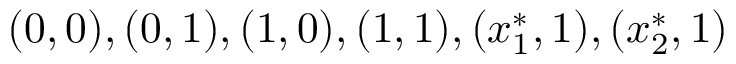
( 0 , 0 ) , ( 0 , 1 ) , ( 1 , 0 ) , ( 1 , 1 ) , ( x _ { 1 } ^ { * } , 1 ) , ( x _ { 2 } ^ { * } , 1 )